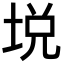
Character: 㙂